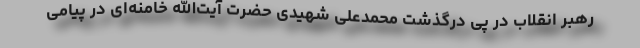
رهبر انقلاب در پی درگذشت محمدعلی شهیدی حضرت آیت‌الله خامنه‌ای در پیامی